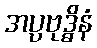
အပ္ပဗုဒ္ဓိနံ